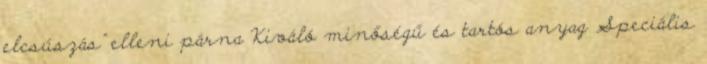
elcsúszás” elleni párna Kiváló minőségű és tartós anyag Speciális